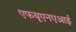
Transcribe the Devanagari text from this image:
एफयूएनएआई